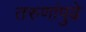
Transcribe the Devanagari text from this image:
तरुणांपुढे